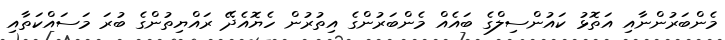
މެންބަރުންނާއި އަތޮޅު ކައުންސިލްގެ ބައެއް މެންބަރުންގެ އިތުރުން ހެޔޮއެދޭ ރައްޔިތުންގެ ބުރަ މަސައްކަތާއި